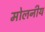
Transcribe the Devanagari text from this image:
मोलनीय